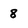
Character: 8